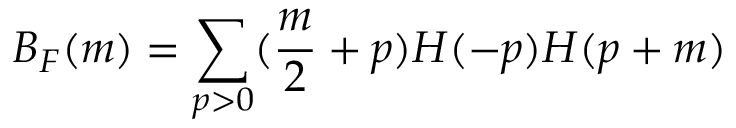
B _ { F } ( m ) = \sum _ { p > 0 } ( \frac { m } { 2 } + p ) H ( - p ) H ( p + m )